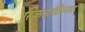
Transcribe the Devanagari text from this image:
स्क्रिडफ़िन्नर